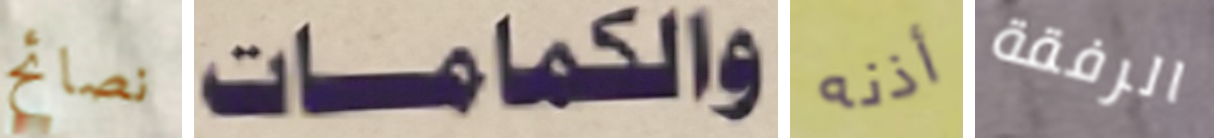
نصائح والكمامات أذنه الرفقة